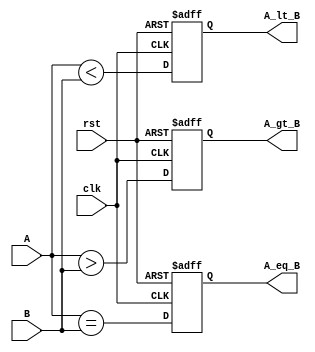
module ParameterizedComparator #(
    parameter WIDTH = 8  // Parameterized width of the input values
)(
    input wire clk,         // Clock signal (optional)
    input wire rst,         // Reset signal (optional)
    input wire [WIDTH-1:0] A, // Input A
    input wire [WIDTH-1:0] B, // Input B
    output reg A_gt_B,      // Output: A > B
    output reg A_lt_B,      // Output: A < B
    output reg A_eq_B       // Output: A == B
);

    // Behavioral logic for comparison
    always @(posedge clk or posedge rst) begin
        if (rst) begin
            // Reset outputs
            A_gt_B <= 0;
            A_lt_B <= 0;
            A_eq_B <= 0;
        end else begin
            // Comparison logic
            A_gt_B <= (A > B);
            A_lt_B <= (A < B);
            A_eq_B <= (A == B);
        end
    end

endmodule